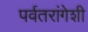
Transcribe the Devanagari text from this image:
पर्वतरांगेशी